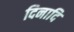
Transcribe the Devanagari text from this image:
दिनादि